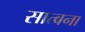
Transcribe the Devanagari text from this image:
सात्वना